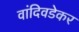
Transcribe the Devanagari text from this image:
वांदिवडेकर